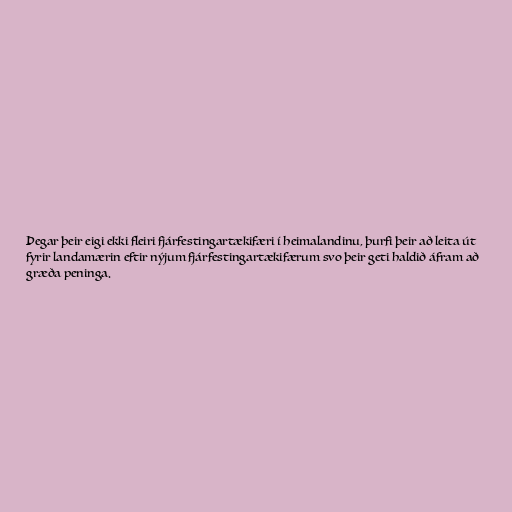
Þegar þeir eigi ekki fleiri fjárfestingartækifæri í heimalandinu, þurfi þeir að leita út
fyrir landamærin eftir nýjum fjárfestingartækifærum svo þeir geti haldið áfram að
græða peninga.